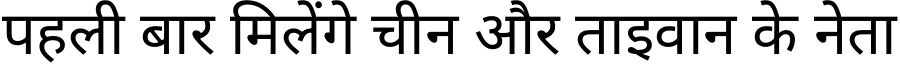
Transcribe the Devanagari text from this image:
पहली बार मिलेंगे चीन और ताइवान के नेता